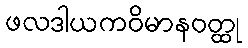
ဖလဒါယကဝိမာနဝတ္ထု